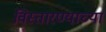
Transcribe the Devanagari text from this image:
विस्तारण्याच्या